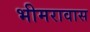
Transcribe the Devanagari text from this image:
भीमरावास